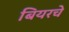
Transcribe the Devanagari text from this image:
बियरचे